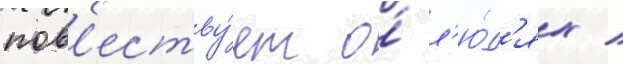
пов'еству́ет о́ л'ю́д'ях /